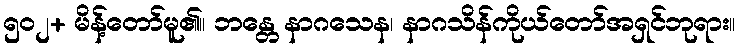
၅၀၂+ မိန့်တော်မူ၏။ ဘန္တေ နာဂသေန၊ နာဂသိန်ကိုယ်တော်အရှင်ဘုရား။